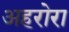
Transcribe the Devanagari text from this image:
अहरोरा